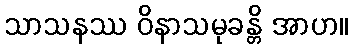
သာသနဿ ဝိနာသမုခန္တိ အာဟ။